Laimjala_vallavalitsus, lk 15
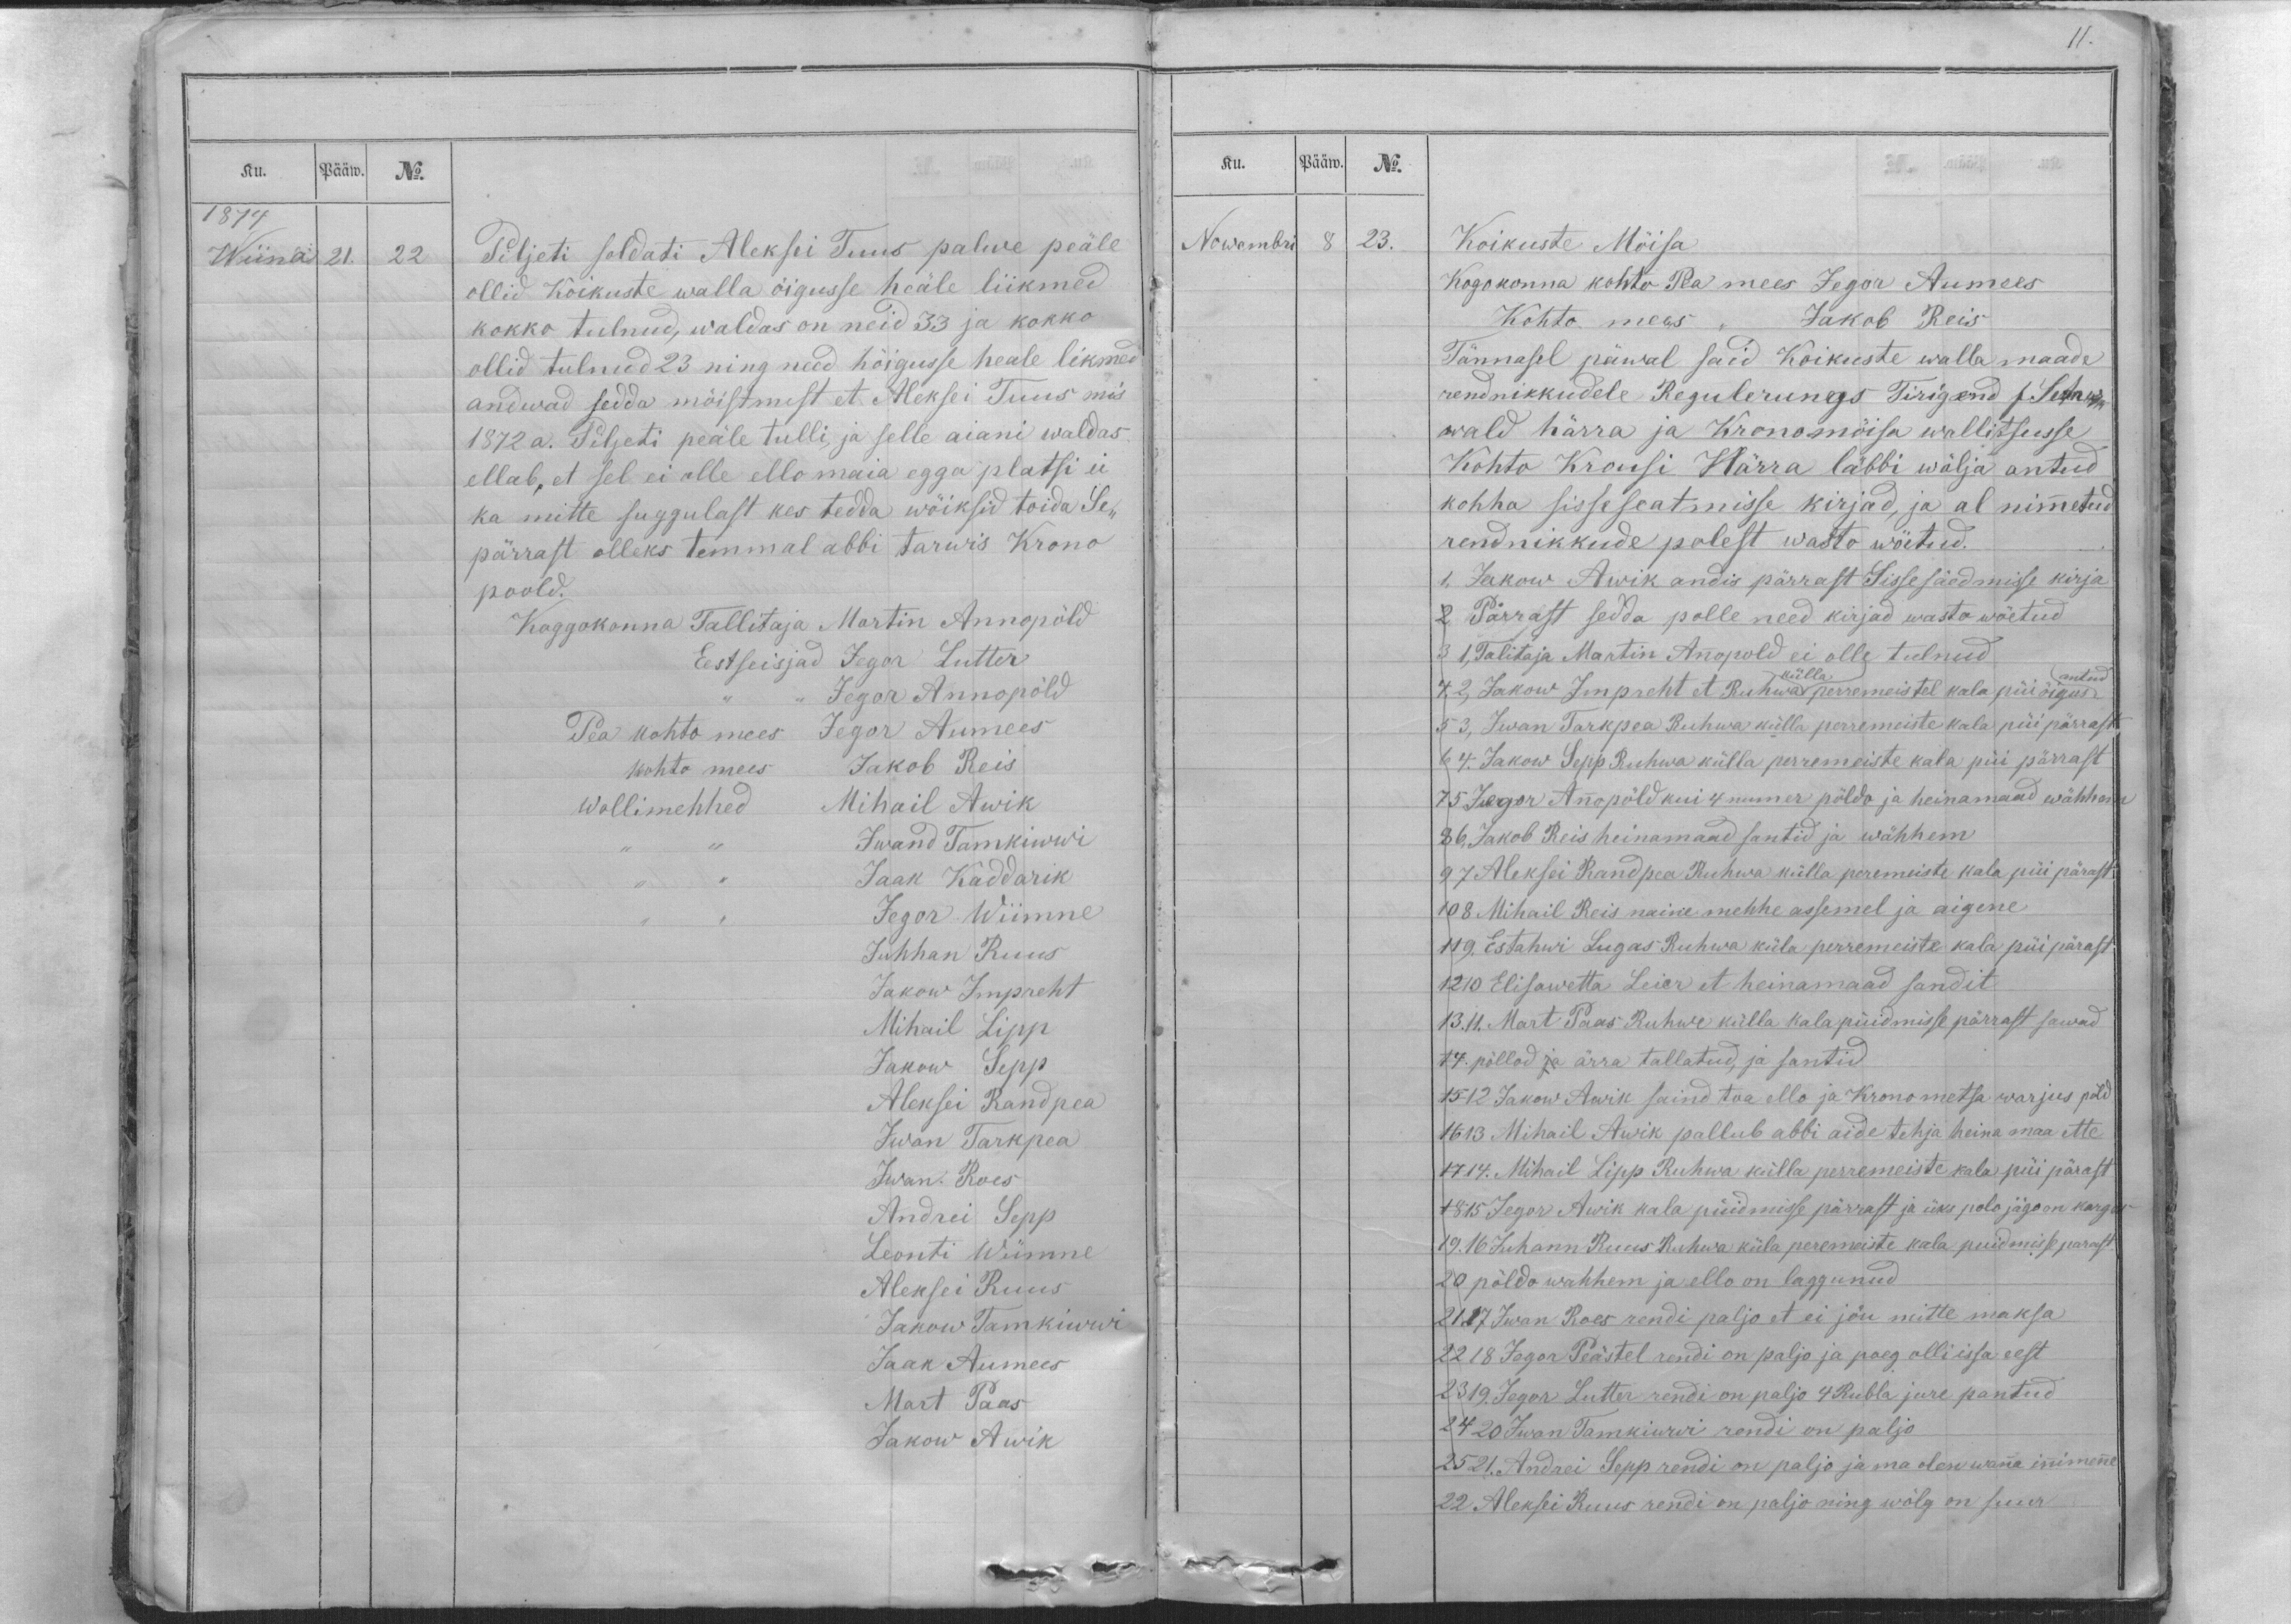
11.

Ku.
Pääw.
No.
1874
Wiina
21.
22

Piljeti soldati Aleksei Tuus palwe peäle
ollid Koikuste walla öigusse heäle liikmed
kokko tulnud, waldas on neid 33 ja kokko
ollid tulnud 23 ning need höigusse heale likmed
andwad sedda möistmist et Aleksei Tuus mis
1872 a. Piljeti peäle tulli, ja selle aiani waldas
ellab, et sel ei olle ello maia egga platsi ei
ka mitte suggulast kes tedda wöiksid toida Se-
pärrast olleks temmal abbi tarwis Krono
poold.
Koggokonna Tallitaja Martin Annopöld
Eestseisjad Jegor Lutter
,, ,, Jegor Annopöld
Pea kohto mees Jegor Aumees
kohto mees Jakob Reis
Wollimehhed Mihail Awik
,, ,, Iwand Tamkiwwi
,, ,, Jaak Kaddarik
,, ,, Jegor Wiimne
Juhhan Ruus
Jakow Impreht
Mihail Lipp
Jakow Sepp
Aleksei Randpea
Iwan Tarkpea
Iwan. Roes
Andrei Sepp
Leonti Wiimne
Aleksei Ruus
Jakow Tamkiwwi
Jaak Aumees
Mart Paas
Jakow Awik

Ku.
Pääw.
No.
Nowembri
8
23.
Koikuste Möisa
Kogokonna kohto Pea mees Jegor Aumees
Kohto mees ,, Jakob Reis
Tännasel päwal said Koikuste walla maade
rendnikkudele Regulerungs Tirigend s. Sehr-
wald härra ja Kronomöisa wallitsusse
Kohto Krousi Härra läbbi wälja antud
kohha sisse seatmisse kirjad, ja al nimmetud
rendnikkude polest wasto wöetud.
1, Jakow Awik andis pärrast Sisse säedmisse kirja
2. Pärrast sedda polle need kirjad wasto wöetud
3 1, Talitaja Martin Annopold ei olle tulnud
külla
antud
4. 2, Jakow Impreht et Ruhwa perremeistel kala püi öigus
5 3, Iwan Tarkpea Ruhwa külla perremeiste kala püi pärrast
6 4. Jakow Sepp Ruhwa külla perremeiste kala püi pärrast
7 5 Jegor Annopöld kui 4 numer pöldo ja heinamaad wähhem
8 6, Jakob Reis heinamaad santid ja wähhem
9 7 Aleksei Randpea Ruhwa külla peremeiste kala püi pärast
10 8 Mihail Reis naine mehhe assemel ja aigene
11 9. Estahwi Lugas Ruhwa küla perremeiste kala püi pärast
12 10 Elisawetta Leier et heinamaad sandit
13.11. Mart Paas Ruhwe külla kalapüidmisse pärrast sawad
14. pöllad ja ärra tallatud, ja santid
15 12. Jakow Awik saind toa ello ja Kronometsa warjus pöld
16 13 Mihail Awik pallub abbi aide tehja heina maa ette
17 14. Mihail Lipp Ruhwa külla perremeiste kala püi pärast
18 15 Jegor Awik kala püidmisse pärrast ja üks polo jago on kargas
19.16 Juhann Ruus Ruhwa küla peremeiste kala puidmisse parast
20 pöldo wahhem ja ello on laggunud
21 17 Iwan Roes rendi paljo et ei jöu mitte maksa
22 18 Jegor Peästel rendi on paljo ja poeg olli issa eest
23 19. Jegor Lutter rendi on paljo 4 Rubla jure pantud
24 20 Iwan Tamkiwwi rendi on paljo
25 21. Andrei Sepp rendi on paljo ja ma olen wanna innimenne
22 Aleksei Ruus rendi on paljo ning wölg on suur